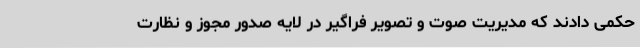
حکمی دادند که مدیریت صوت و تصویر فراگیر در لایه صدور مجوز و نظارت